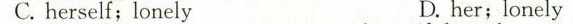
C. herself; lonely D. her;lonely